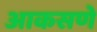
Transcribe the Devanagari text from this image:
आकसणे